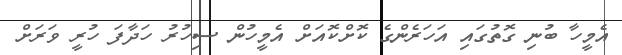
އެމީހާ ބުނި ގޮތުގައި އަހަރެންގެ ކޮށްކޮއަށް އެމީހުން ސިހުރު ހަދާފަ ހުރީ ވަރަށް